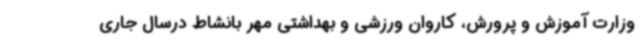
وزارت آموزش و پرورش، کاروان ورزشی و بهداشتی مهر بانشاط درسال جاری